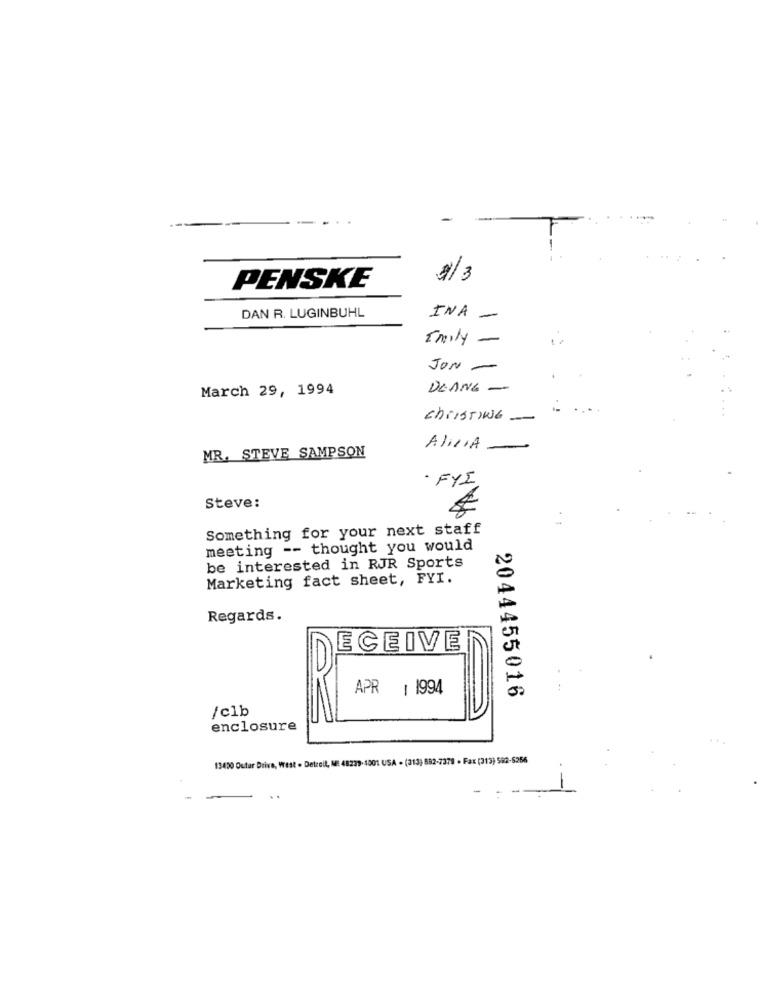
1/3
PENSKE
DAN R. LUGINBUHL
INA
-
Emily -
JON -
March 29, 1994
DEANG -
christiWG -
Alicia
MR. STEVE SAMPSON
FYI
Steve:
Something for your next staff
meeting -- thought you would
be interested in RJR Sports
Marketing fact sheet, FYI.
Regards.
ECEIVE
APR 1 1994
=
2044455016
/c1b
enclosure
13450 Outar Drive, West . Detrell, MI 48229-1001 USA . (213) 882-7379 - Fax (313) 592-6266